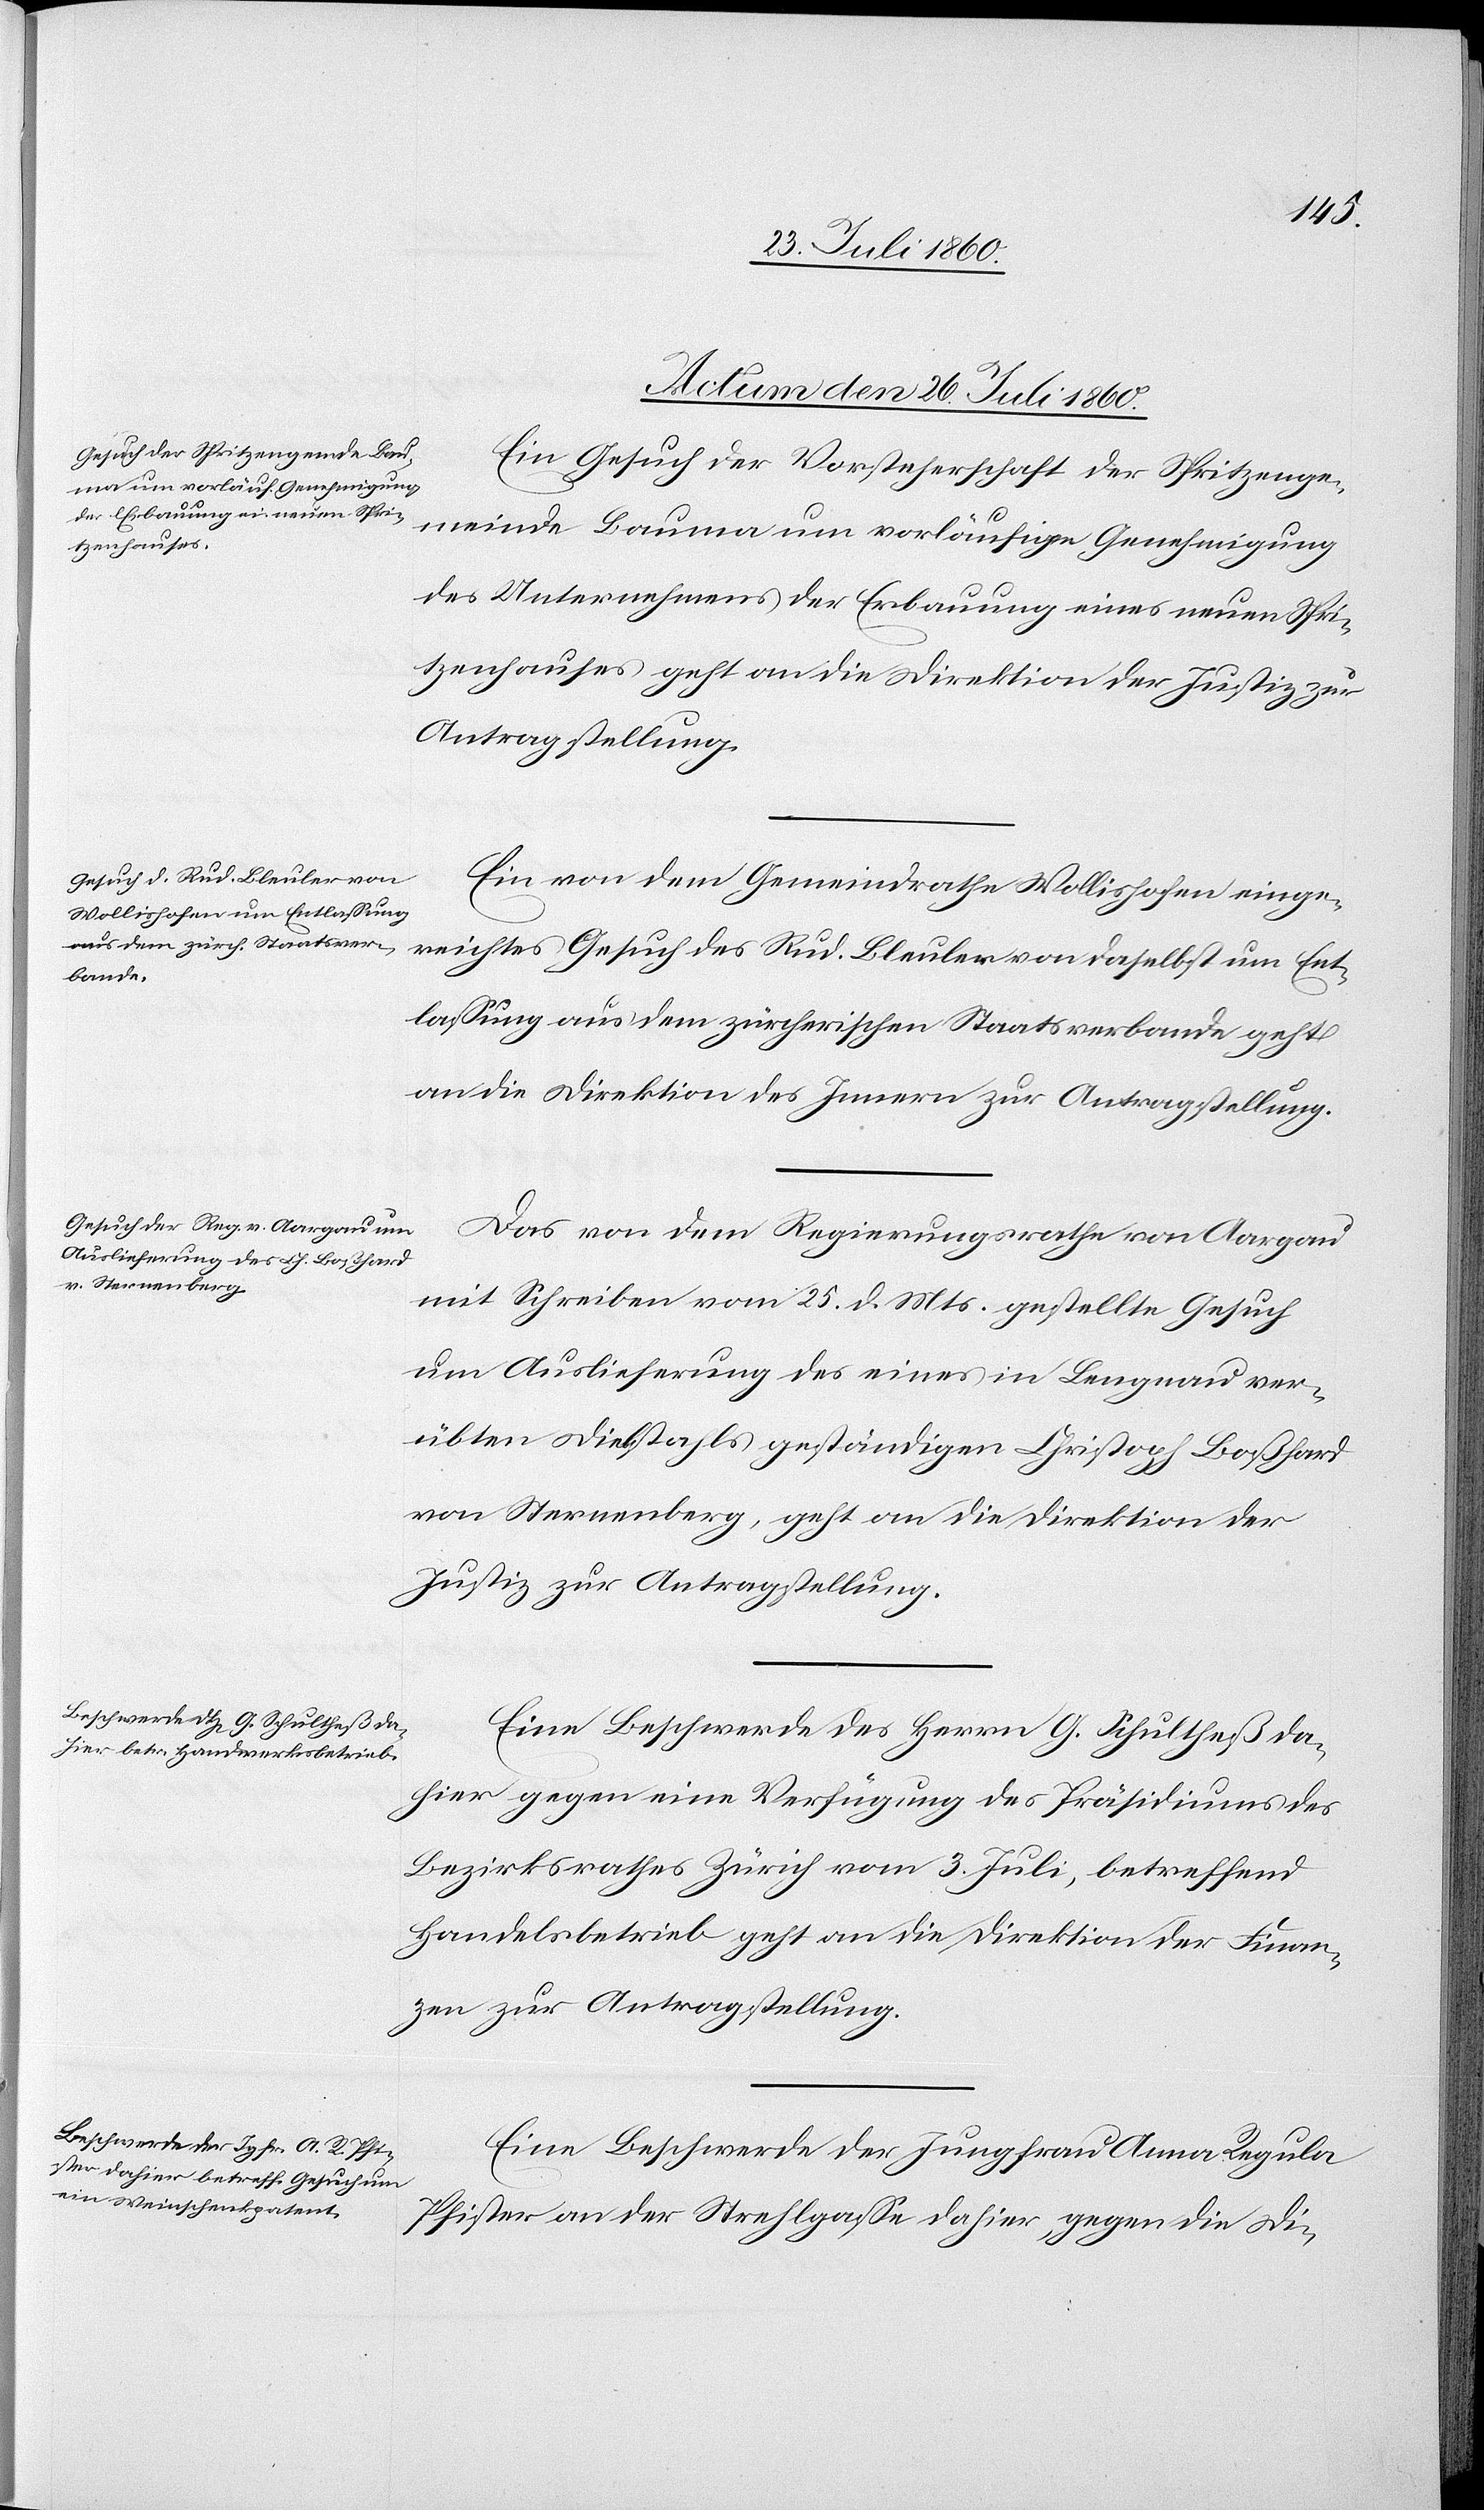
Actum den 26. Juli 1860.]
Ein Gesuch der Vorsteherschaft der Spritzenge¬
meinde Bauma um vorläufige Genehmigung
des Unternehmens der Erbauung eines neuen Spri¬
tzenhauses geht an die Direktion der Justiz zur
Antragstellung.
Ein von dem Gemeindrathe Wollishofen einge¬
reichtes Gesuch des Rud. Bleuler von daselbst um Ent¬
lassung aus dem zürcherischen Staatsverbande geht
an die Direktion des Innern zur Antragstellung.
Das von dem Regierungsrathe von Aargau
mit Schreiben vom 25. d. Mts. gestellte Gesuch
um Auslieferung des eines in Lengnau ver¬
übten Diebstals geständigen Christoph Bosshard
von Sternenberg geht an die Direktion der
Justiz zur Antragstellung.
Eine Beschwerde des Herrn G. Schulthess da¬
hier gegen eine Verfügung des Präsidiums des
Bezirksrathes Zürich vom 3. Juli betreffend
Handelsbetrieb geht an die Direktion der Finan¬
zen zur Antragstellung.
Eine Beschwerde der Jungfrau Anna Regula
Pfister an der Storchgasse dahier gegen die Direk-